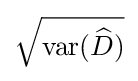
{\sqrt {\operatorname {var} ({\widehat {D}})}}